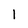
Character: l